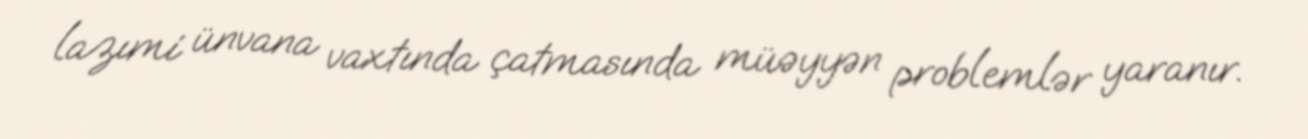
lazımi ünvana vaxtında çatmasında müəyyən problemlər yaranır.